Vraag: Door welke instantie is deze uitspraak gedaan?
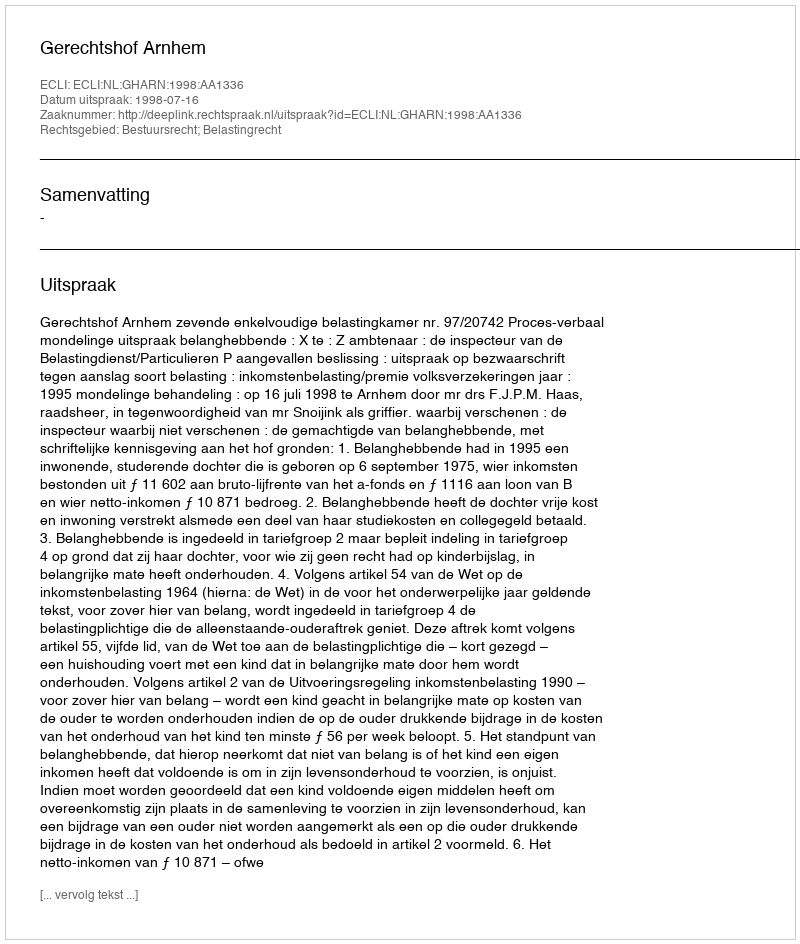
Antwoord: Gerechtshof Arnhem